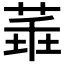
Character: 𦴂